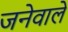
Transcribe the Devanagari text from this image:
जनेवाले